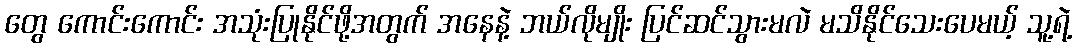
တွေ ကောင်းကောင်း အသုံးပြုနိုင်ဖို့အတွက် အနေနဲ့ ဘယ်လိုမျိုး ပြင်ဆင်သွားမလဲ မသိနိုင်သေးပေမယ့် သူ့ရဲ့